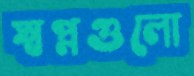
স্বপ্নগুলো